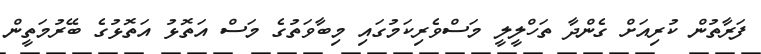
ފަރާތުން ކުރިއަށް ގެންދާ ތަހްލީލީ މަސްވެރިކަމުގައި މިބާވަތުގެ މަސް އަތޮޅު އަތޮޅުގެ ބޭރުމަތީން